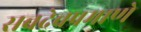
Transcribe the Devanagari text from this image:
सचदेवप्रमाणे